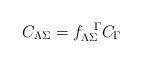
LaTeX: \begin{align*}C_{\Lambda \Sigma} = f^{\ \ \Gamma}_{\Lambda \Sigma} C_\Gamma\end{align*}